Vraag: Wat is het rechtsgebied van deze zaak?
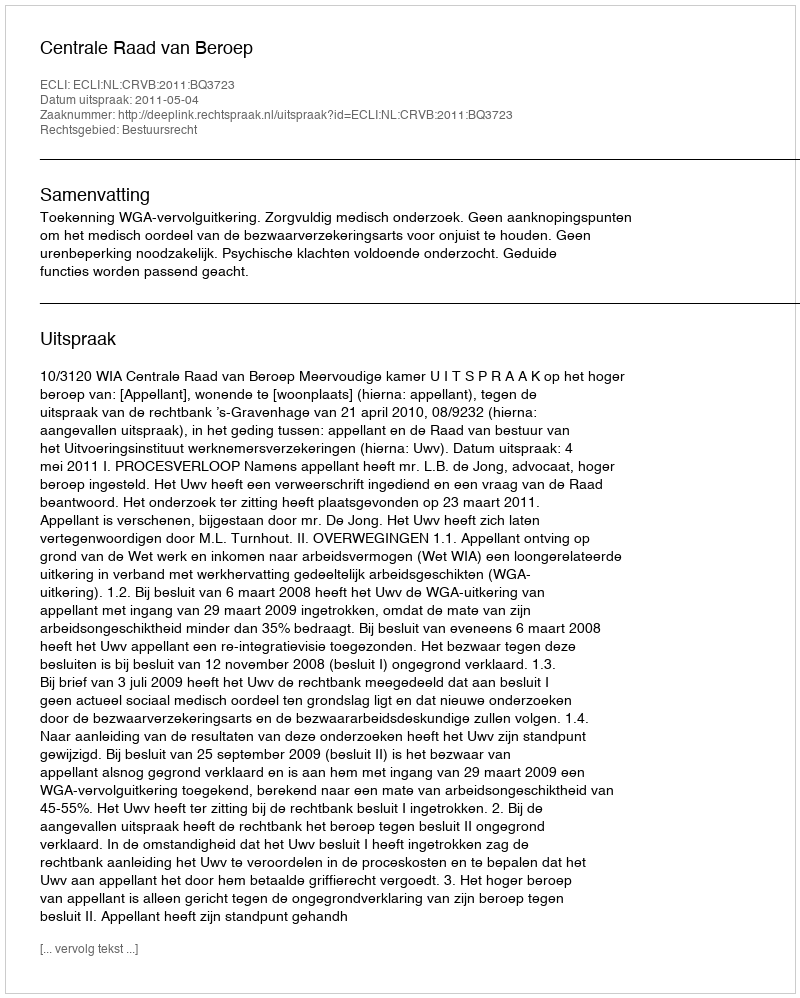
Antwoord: Bestuursrecht